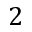
2